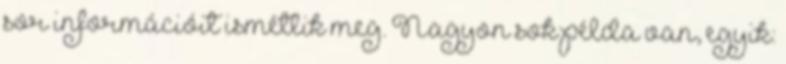
sor információit ismétlik meg. Nagyon sok példa van, egyik: